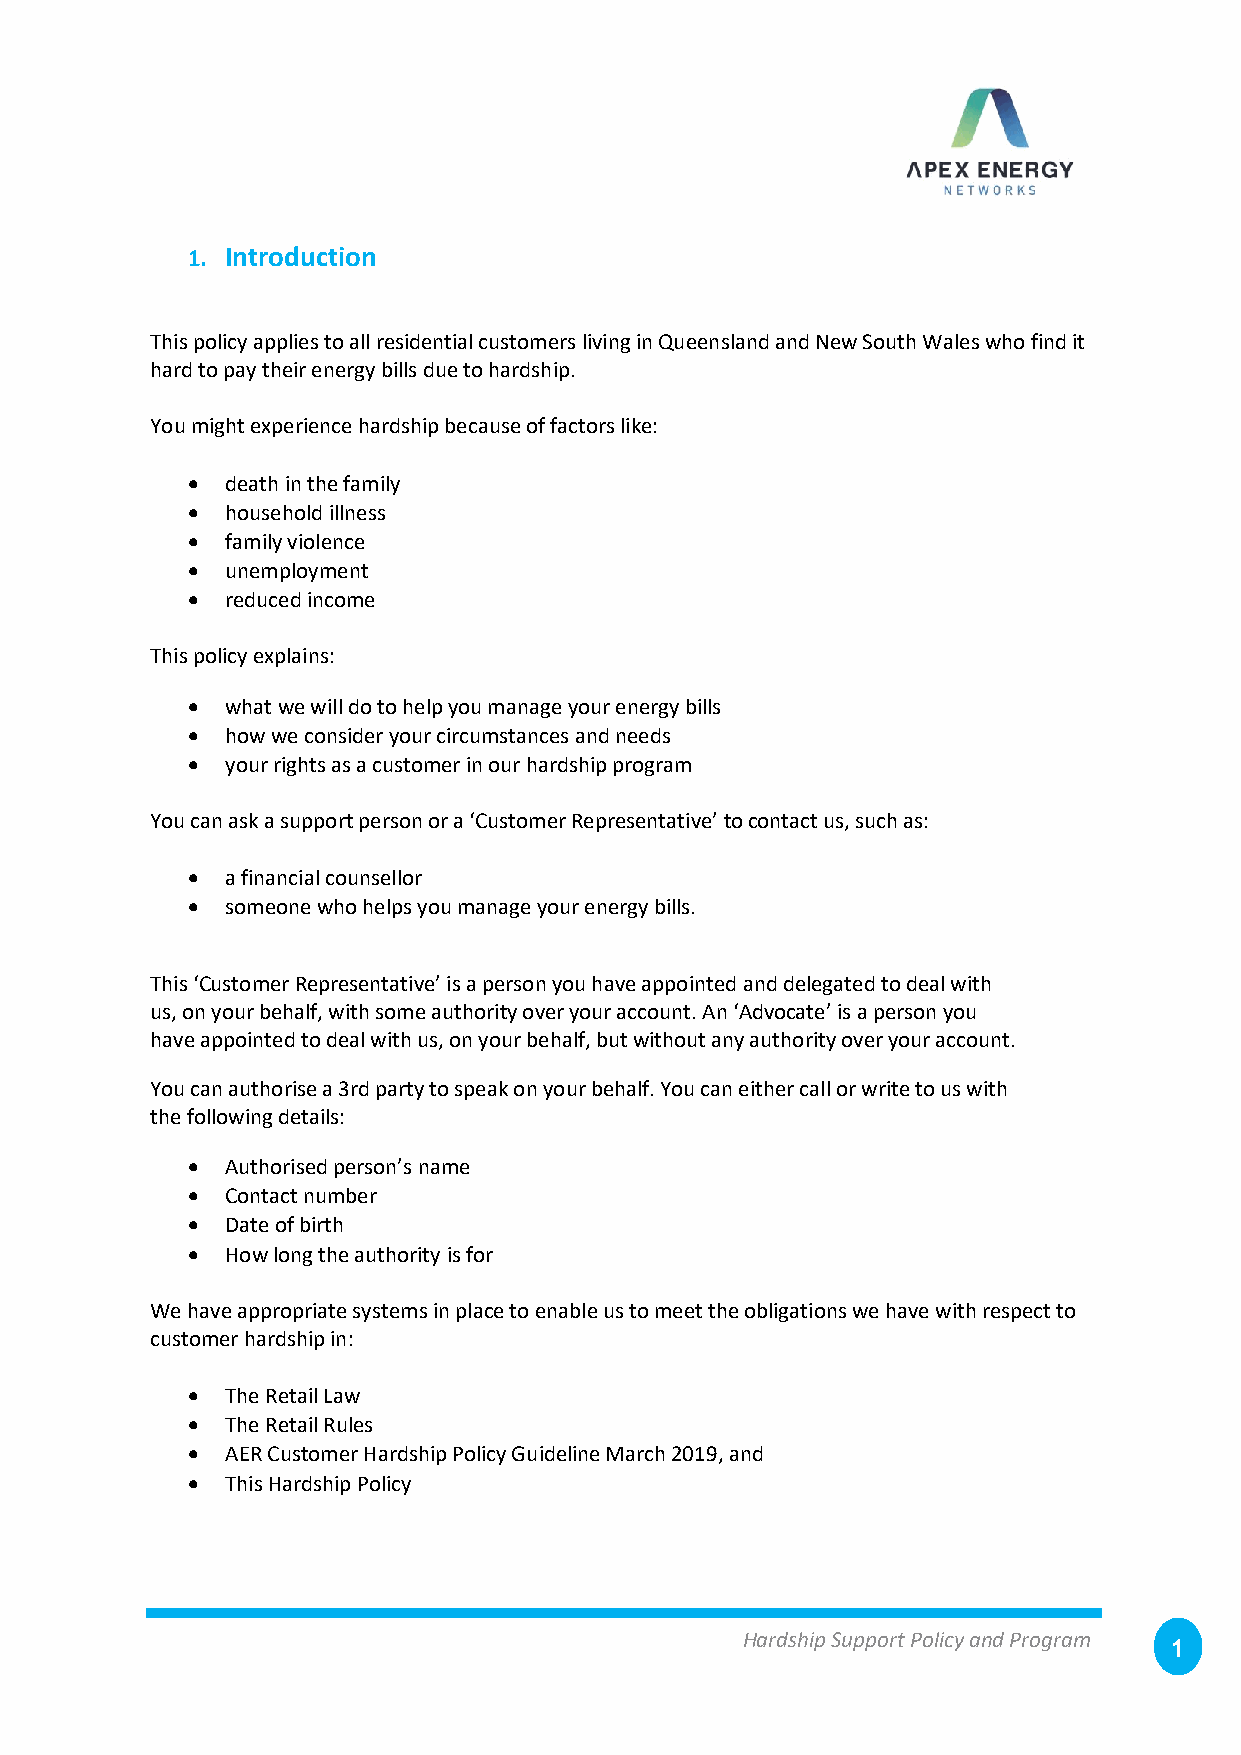
1. Introduction
 This policy applies to all residential customers living in Queensland and New South Wales who find it
 hard to pay their energy bills due to hardship.
 You might experience hardship because of factors like:
 •  death in the family
 •  household illness
 •  family violence
 •  unemployment
 •  reduced income
 This policy explains:
 •  what we will do to help you manage your energy bills
 •  how we consider your circumstances and needs
 •  your rights as a customer in our hardship program
 You can ask a support person or a ‘Customer Representative’ to contact us, such as:
 •  a financial counsellor
 •  someone who helps you manage your energy bills.
 This ‘Customer Representative’ is a person you have appointed and delegated to deal with
 us, on your behalf, with some authority over your account. An ‘Advocate’ is a person you
 have appointed to deal with us, on your behalf, but without any authority over your account.
 You can authorise a 3rd party to speak on your behalf. You can either call or write to us with
 the following details:
 •  Authorised person’s name
 •  Contact number
 •  Date of birth
 •  How long the authority is for
 We have appropriate systems in place to enable us to meet the obligations we have with respect to
 customer hardship in:
 •  The Retail Law
 •  The Retail Rules
 •  AER Customer Hardship Policy Guideline March 2019, and
 •  This Hardship Policy
 Hardship Support Policy and Program
 1